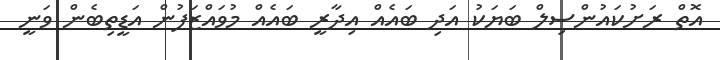
އޮތް ރަށުކައުންސިލް ބަޔަކު އަދި ބައެއް އިދާރީ ބައެއް މުވައްޒަފުން އަޑީތިބެން ވަނީ